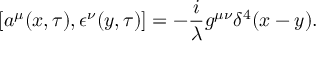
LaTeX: [ a ^ { \mu } ( x , \tau ) , \epsilon ^ { \nu } ( y , \tau ) ] = - \frac { i } { \lambda } g ^ { \mu \nu } \delta ^ { 4 } ( x - y ) .